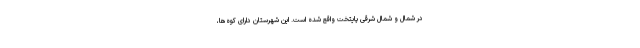
در شمال و شمال شرقی پایتخت واقع شده است. این شهرستان دارای کوه‌ها،